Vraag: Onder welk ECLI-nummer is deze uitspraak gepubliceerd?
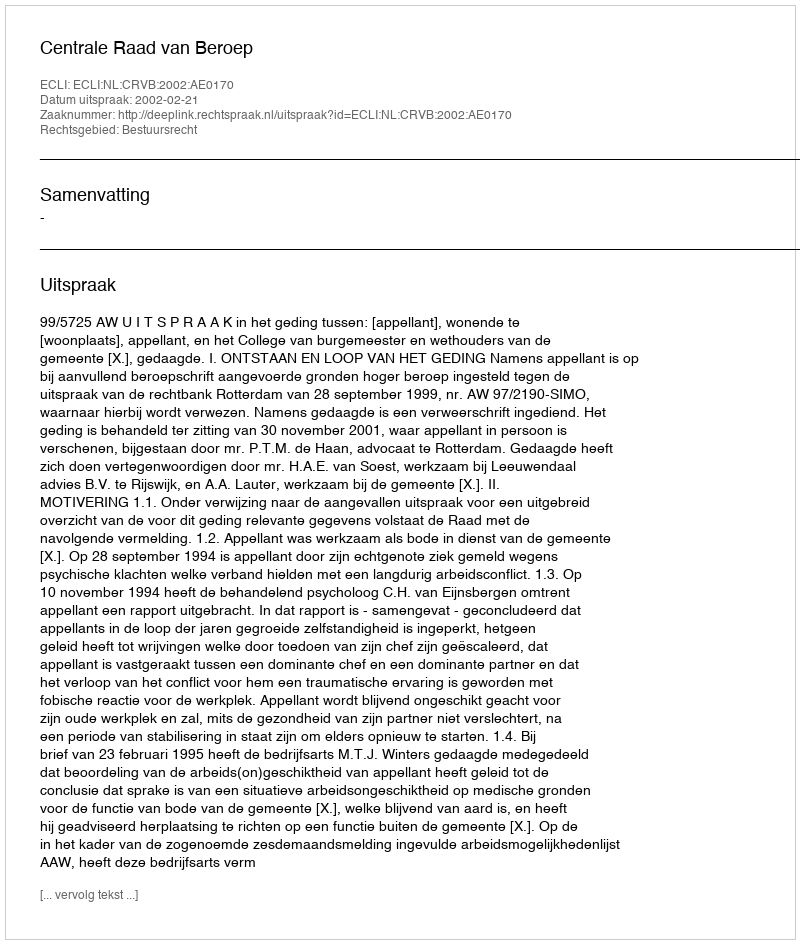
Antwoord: ECLI:NL:CRVB:2002:AE0170